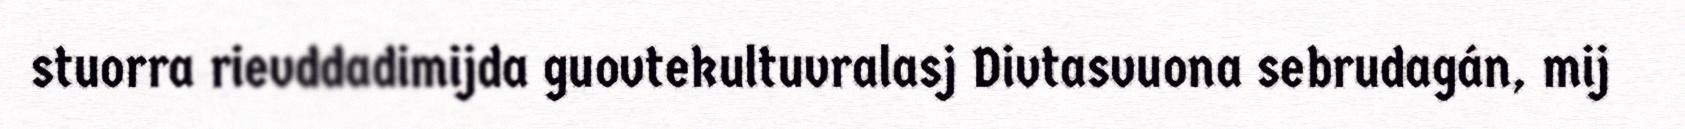
stuorra rievddadimijda guovtekultuvralasj Divtasvuona sebrudagán, mij